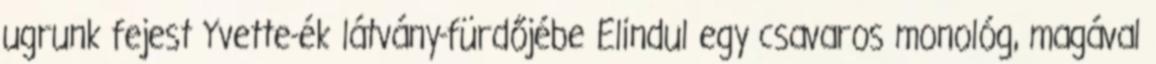
ugrunk fejest Yvette-ék látvány-fürdőjébe Elindul egy csavaros monológ, magával